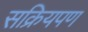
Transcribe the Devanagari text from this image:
सक्रियपण